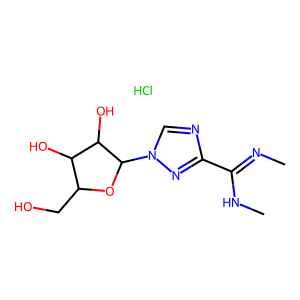
SMILES: CN=C(NC)c1ncn(C2OC(CO)C(O)C2O)n1.Cl
Inhibits HIV replication: No